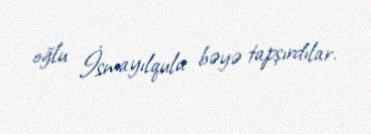
oğlu İsmayılqulu bəyə tapşırdılar.